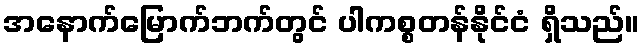
အနောက်မြောက်ဘက်တွင် ပါကစ္စတန်နိုင်ငံ ရှိသည်။